Vabadussoja_Ajaloo_Komitee, lk 24
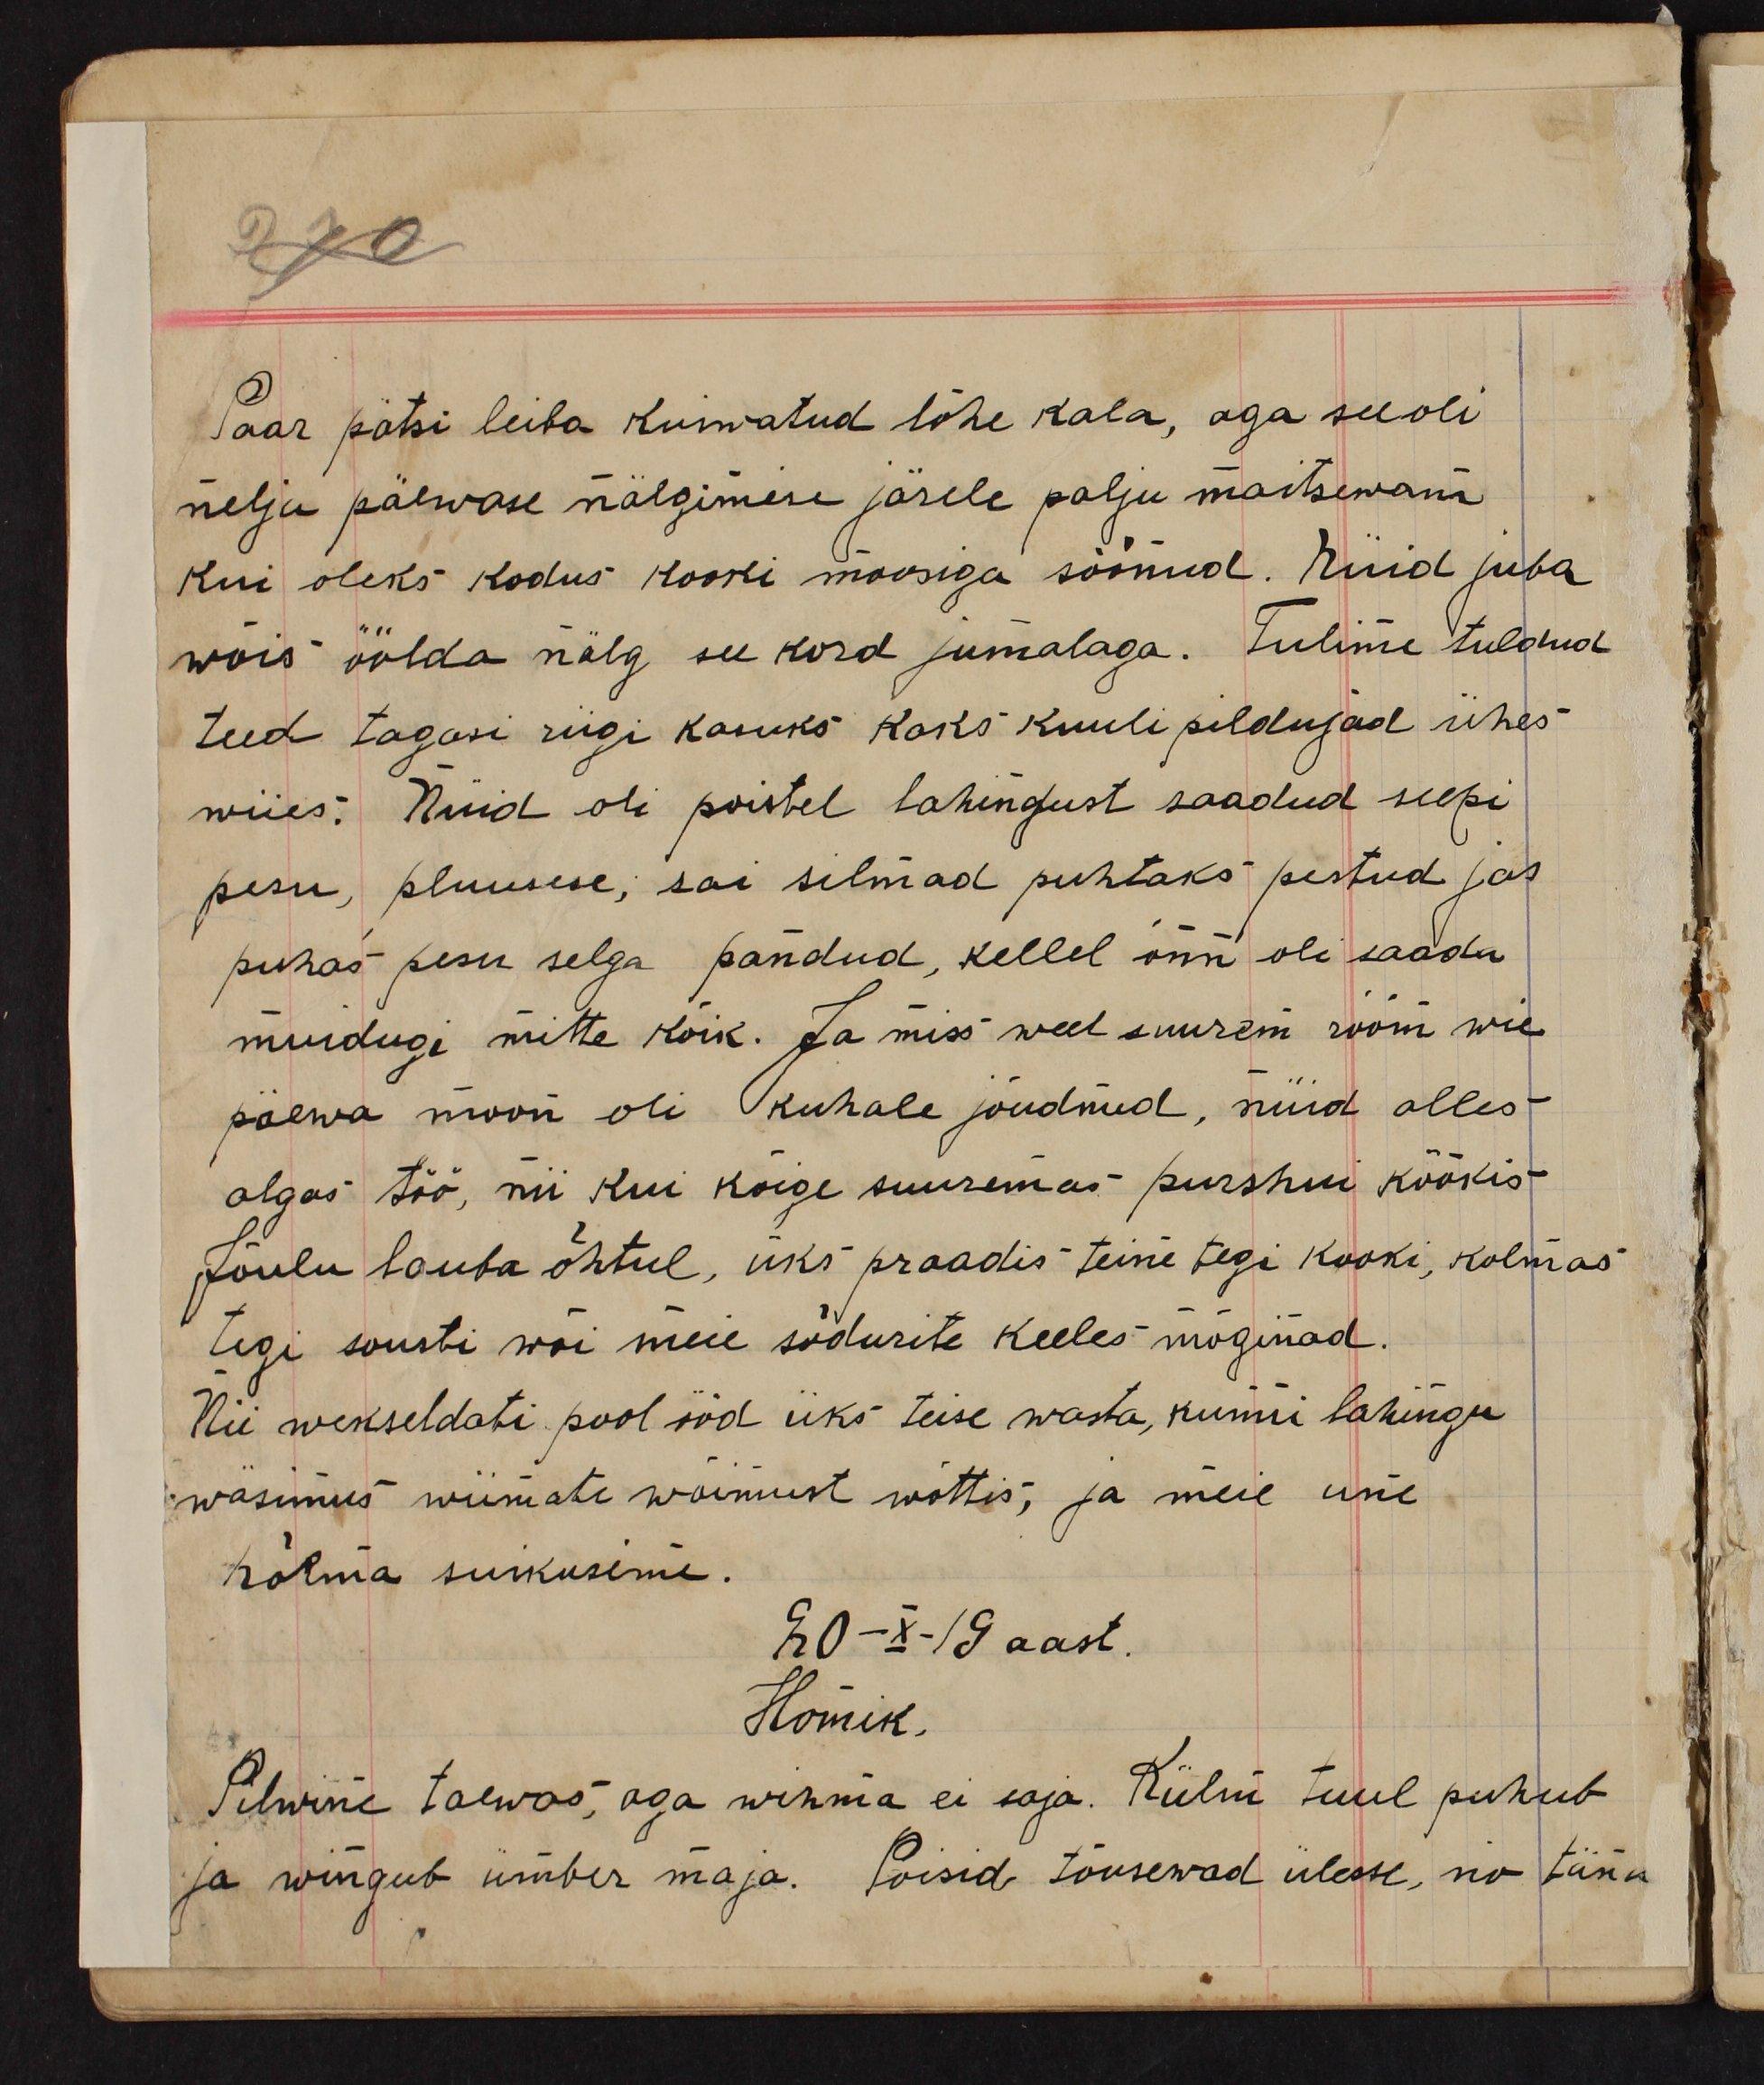
Paar pätsi leiba kuiwatud lõhe kala, aga see oli
nelja päevase nälgimise järele palju maitsewam
kui oleks kodus kooki moosiga söönud. Nüid juba
wõis öölda nälg see kord jumalaga. Tulime tuldud
teed tagasi riigi kasuks kaks kuuli pildujad ühes
wiies: Nüid oli poistel lahingust saadud seepi
pesu, pluusese, sai silmad puhtaks pestud ja
puhas pesu selga pandud, kellel õnn oli saada
muidugi mitte kõik. Ja miss weel suurem rõõm wie
päewa moon oli kohale jõudnud, nüid alles
algas töö, nii kui kõige suuremas purshui köökis
Jõulu lauba õhtul, üks praadis teine tegi kooki, kolmas
tegi sousti wõi meie sõdurite keeles möginad.
Nii wekseldati pool ööd üks teise wasta, kunni lahingu
wäsimus wiimaste wõimust wõttis, ja meie une
hõlma suikusime.
20-X-19 aast.
Homik.
Pilwine taewas, aga wihma ei saja. Külm tuul puhub
ja wingub ümber maja. Poisid tõusewad ülesse, no täna